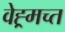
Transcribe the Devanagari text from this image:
वेह्र्मच्त